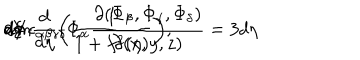
LaTeX: d V \epsilon _ { \alpha \beta \gamma \delta } \Phi _ { \alpha } \frac { \partial { ( \Phi _ { \beta } , \Phi _ { \gamma } , \Phi _ { \delta } ) } } { \partial ( x , y , z ) } = 3 d \eta \hspace { 0 . 5 m m } d \xi \hspace { 0 . 5 m m } d \phi \hspace { 0 . 5 m m } m n \frac { d } { d \eta } \biggl ( \frac { 1 } { 1 + f ^ { 2 } ( \eta ) } \biggr ) ,